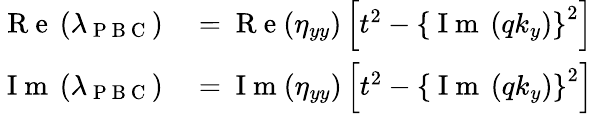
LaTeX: \begin{array}{rl}{\mathrm{~R~e~}\left(\lambda_{\mathrm{~P~B~C~}}\right)}&{{}=\mathrm{~R~e~}(\eta_{yy})\left[t^{2}-\left\{ \mathrm{~I~m~}\left(qk_{y}\right)\right\} ^{2}\right]}\\ {\mathrm{~I~m~}\left(\lambda_{\mathrm{~P~B~C~}}\right)}&{{}=\mathrm{~I~m~}(\eta_{yy})\left[t^{2}-\left\{ \mathrm{~I~m~}\left(qk_{y}\right)\right\} ^{2}\right]}\end{array}